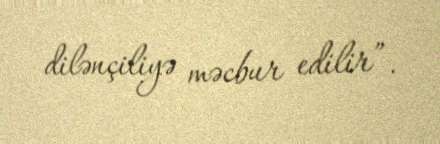
dilənçiliyə məcbur edilir”.